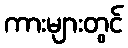
ကားများတွင်